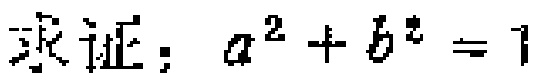
求证：\(a^{2}+b^{2}=1\)